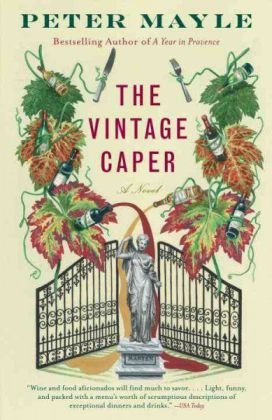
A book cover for The Vintage Caper; Peter Mayle; Travel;